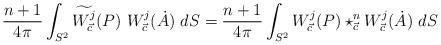
LaTeX: \begin{align*}\frac{n+1}{4\pi}\int_{S^{2}}{\widetilde{W_{\vec{c}}^{j}}(P)}\ W_{\vec{c}}^{j}(\dot{A})\ dS=\frac{n+1}{4\pi}\int_{S^{2}}{W_{\vec{c}}^{j}(P)}\star_{\vec{c}}^{n}W_{\vec{c}}^{j}(\dot{A})\ dS\end{align*}